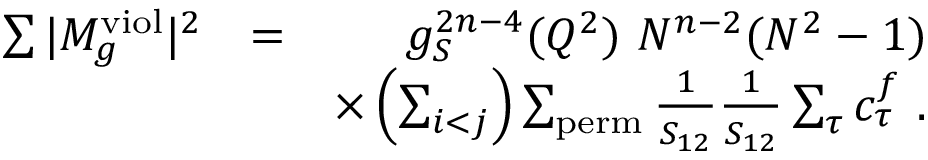
\begin{array} { r l r } { \sum \vert M _ { g } ^ { \mathrm { v i o l } } \vert ^ { 2 } } & { = } & { g _ { S } ^ { 2 n - 4 } ( Q ^ { 2 } ) ~ N ^ { n - 2 } ( N ^ { 2 } - 1 ) } \\ & { } & { \times \left( \sum _ { i < j } \right) \sum _ { \mathrm { p e r m } } \frac { 1 } { S _ { 1 2 } } \frac { 1 } { S _ { 1 2 } } \sum _ { \tau } c _ { \tau } ^ { f } ~ . } \end{array}